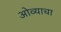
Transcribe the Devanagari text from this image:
ओव्याचा